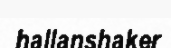
hallanshaker